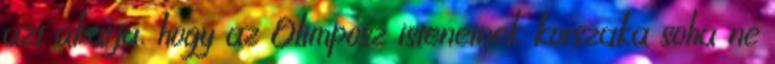
azt akarja, hogy az Olimposz isteneinek korszaka soha ne